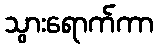
သွားရောက်ကာ